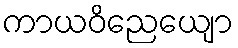
ကာယဝိညေယျော